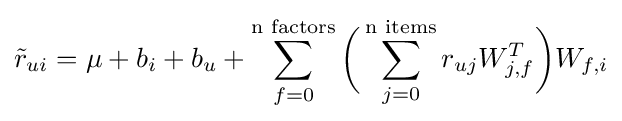
{\tilde {r}}_{ui}=\mu +b_{i}+b_{u}+\sum _{f=0}^{\text{n factors}}{\biggl (}\sum _{j=0}^{\text{n items}}r_{uj}W_{j,f}^{T}{\biggr )}W_{f,i}